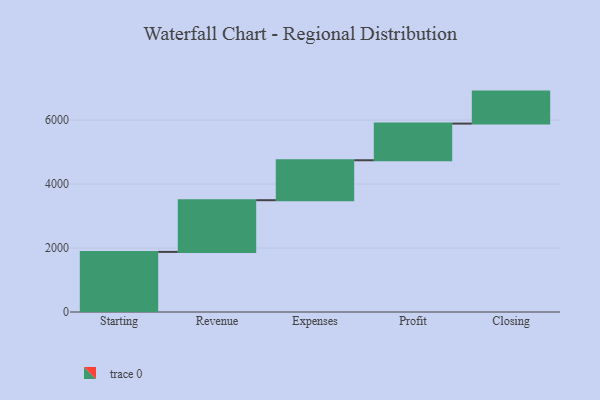
{"axis": {"x": "Step", "y": "Value"}, "legend": [""], "data": [{"x": "Starting", "y": 1879.0, "type": ""}, {"x": "Revenue", "y": 1616.0, "type": ""}, {"x": "Expenses", "y": 1249.0, "type": ""}, {"x": "Profit", "y": 1146.0, "type": ""}, {"x": "Closing", "y": 1000, "type": ""}]}